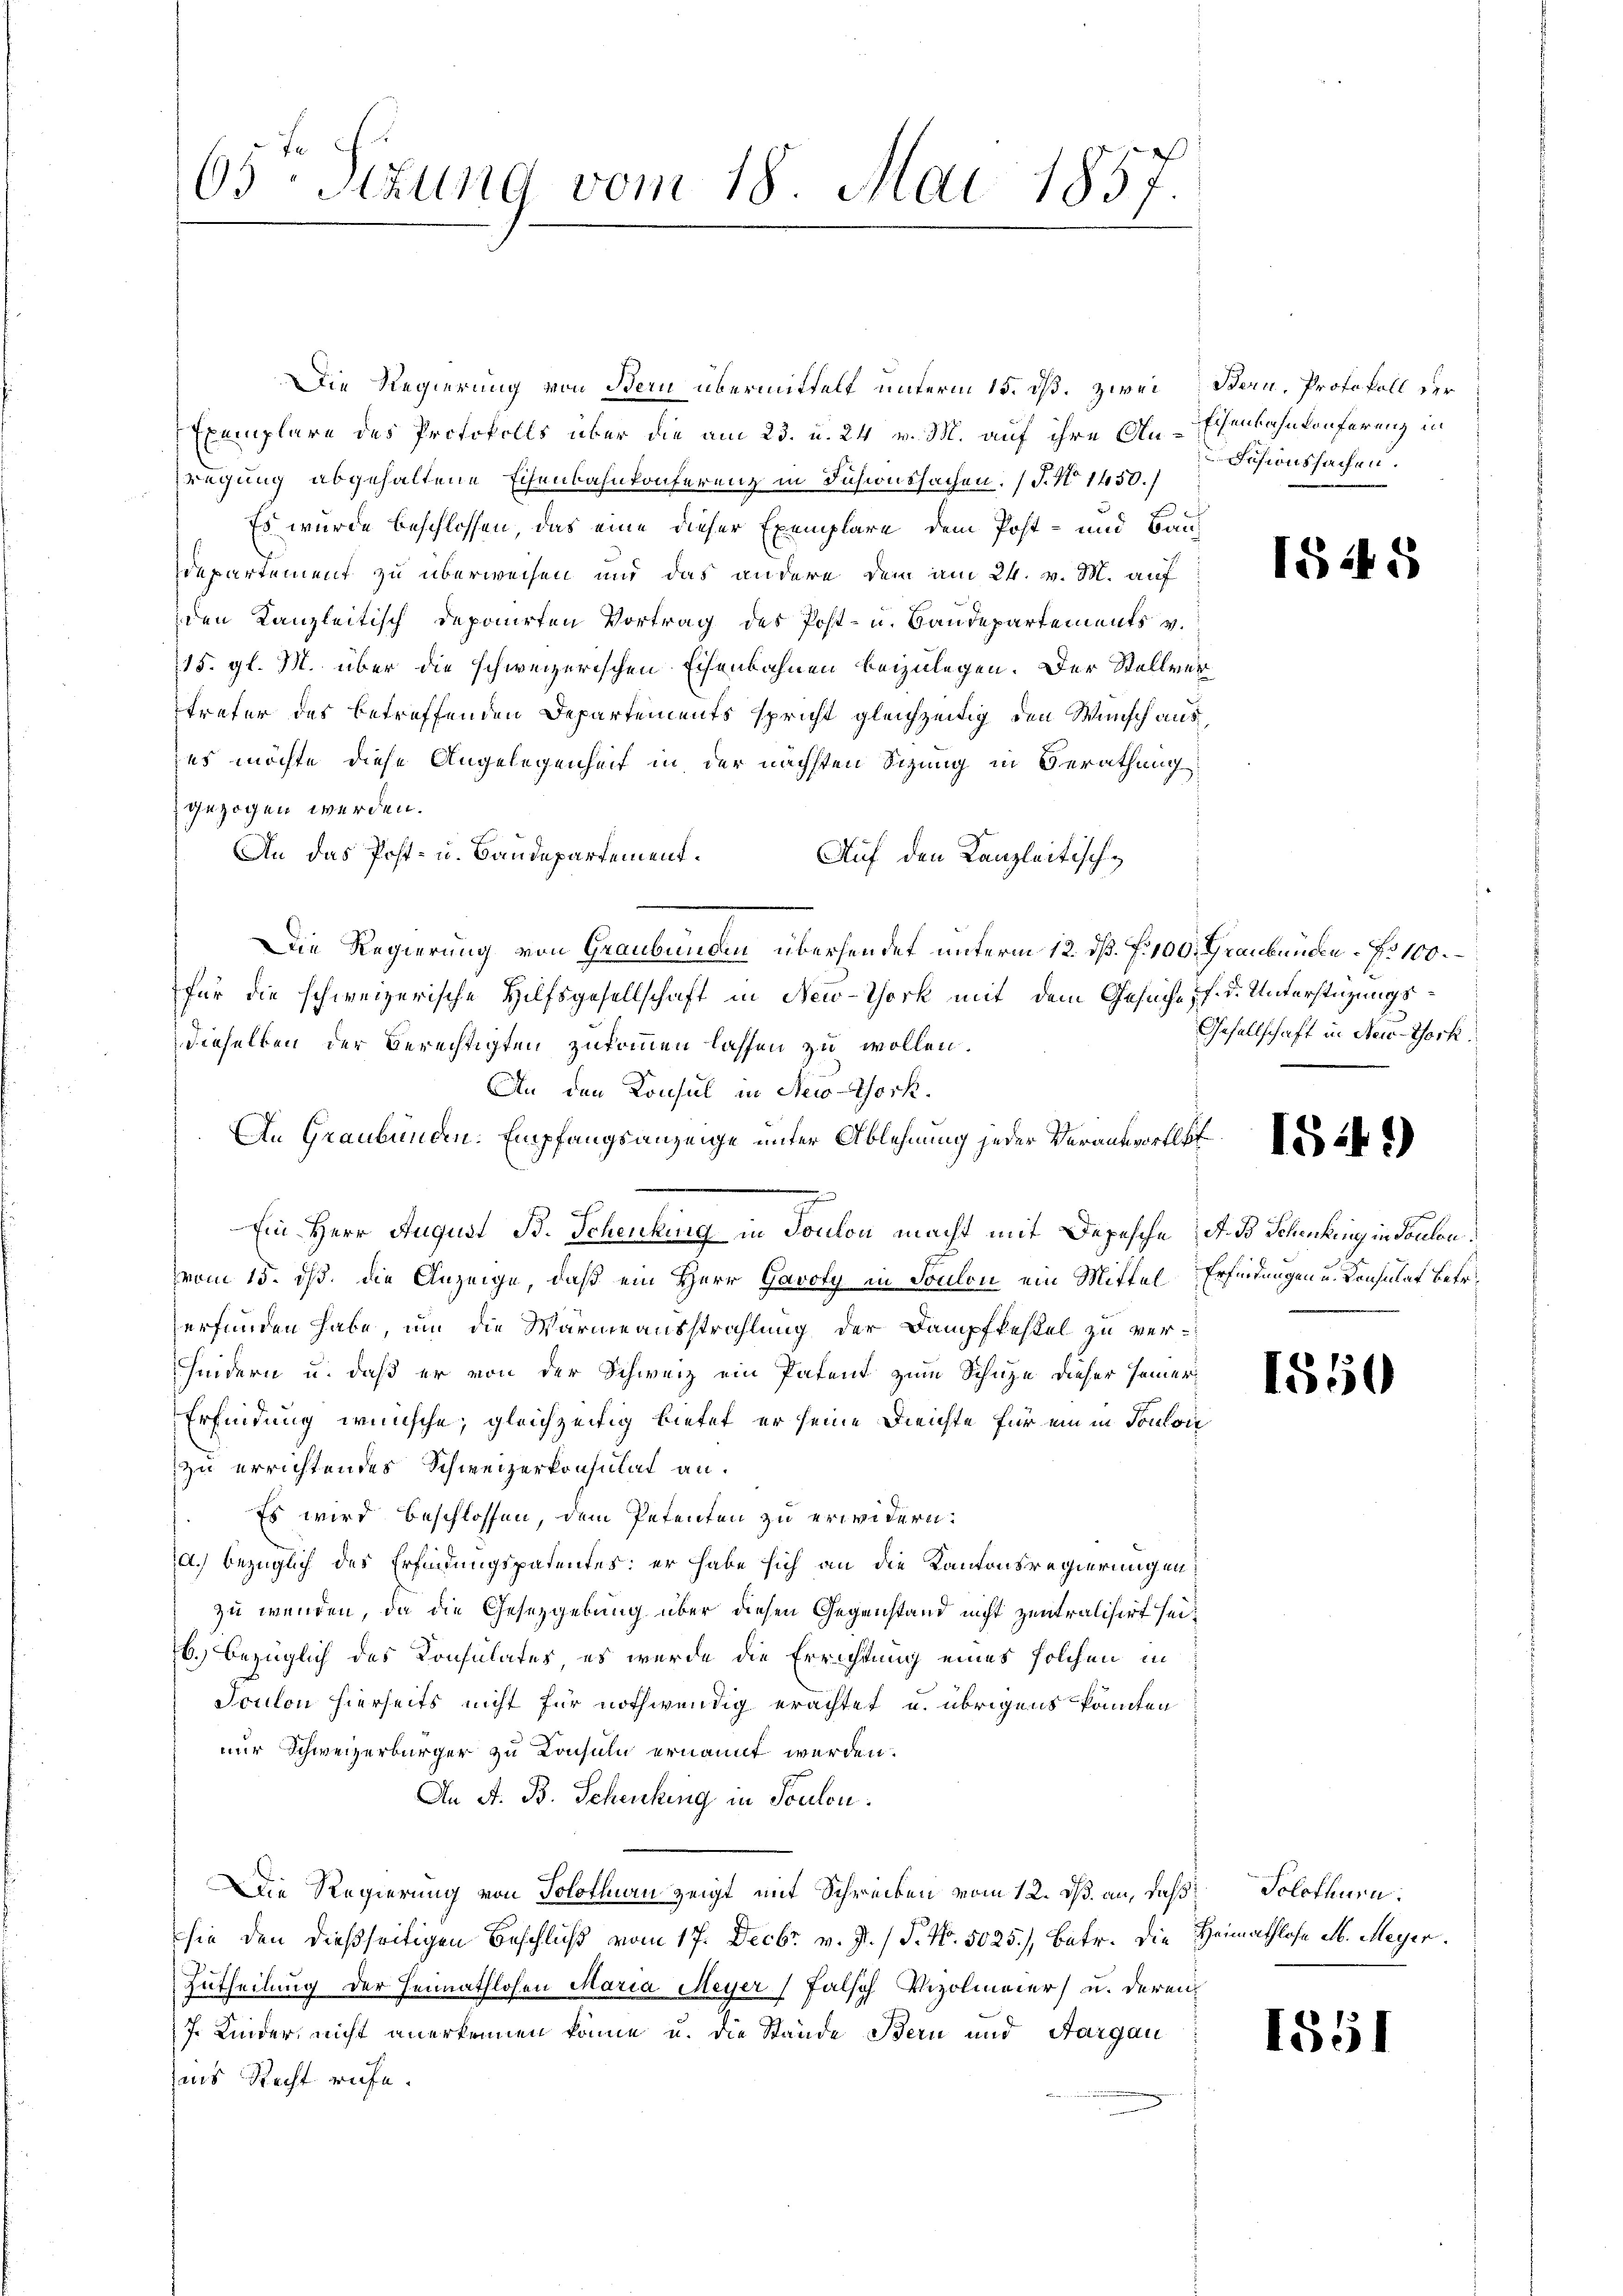
63: Sizung vom 18. Mai 1857

Die Regierung von Bern übermittelt unterm 15. dß. zwei Bern, Protokoll der
Exemplare des Protokolls über die am 23. u. 24 v. M. auf ihre Au-Ehenbahnkonferenz in
regung abgehaltene Eisenbahnkonferenz in Fusionssachen. (T. No 1450.
Es wurde beschlossen, das eine dieser Exemplare dem Post- und Bau
departement zu überweisen und das andere dem am 24. v. M. auf
den Kanzleitisch deponirten Vortrag des Post- u. Baudepartements v.
15. gl. M. über die schweizerischen Eisenbahnen beizulegen. Der Stellvertreter des betreffenden Departements spricht gleichzeitig den Wunsch aus
es möchte diese Angelegenheit in der nächsten Sizung in Berathung
gezogen werden.
An das Post- u. Baudepartement¬
Auf den Kanzleitisch¬
Die Regierung von Graubünde übersendet unterm 12. ds. f. 100. Graubünden 100.
für die schweizerische Hilfsgesellschaft in New-York mit dem Gesuche s. f. d. Unterstützungsdieselben der berechtigten zukommen lassen zu wollen.
An den Konsul in New-York.
An Graubünden. Empfangsanzeige unter Ablehnung jeder Verantwortli
Ein Herr August B. Schenkung in Toulon macht mit Depesche d. d. Schenkung in Toulon
vom 15. ds. die Anzeige, daß ein Herr Gavoly in Soulon ein Mittel Erfindungen u. Konsulat betr.
erfunden habe, um die Wärmeausstrahlung der Dampfkessel zu verhindern u. daß er von der Schweiz ein Patent zum Schuze dieser seiner
Erfindung wünsche, gleichzeitig bietet er seine Feichte für ein in Touloir
zu errichtendes Schweizerkonsulat an.
Es wird beschlossen, dem Petenten zu erwidern.
a.) bezüglich des Erfindungspatentes: er habe sich an die Kantonsregierungen
zu wenden, da die Gesetzgebung über diesen Gegenstand nicht zentralisirt sei¬
6.) bezüglich des Konsulates, es wurde die Errichtung eines solchen in
Toulon hierseits nicht für nothwendig erachtet u. übrigens könnten
nur Schweizerbürger zu Konsuln ernannt werden.
An A. B. Schenkung in Soulon.
Die Regierung von Solothurn zeigt mit Schrecken vom 12. ds. an, daß Solothurn.
sie den dießseitigen Beschluß vom 17. Decbr v. J. / S. Nr. 5025), betr. die Heimathlose ab. Meyer
Zutheilung der Heimathlosen Maria Meyer Falsch Vizolmaier) u. deren
J. Kinder, nicht anerkennen könne u. die Stände Bern und Aargau
aus Recht rufe.

Sisionssachen.

15

5

Gesellschaft in New-York

I54.)

1550

1851